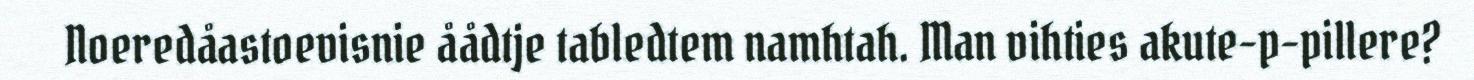
Noeredåastoevisnie åådtje tabledtem namhtah. Man vihties akute-p-pillere?